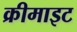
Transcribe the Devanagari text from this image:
क्रीमाइट